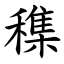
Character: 穕